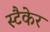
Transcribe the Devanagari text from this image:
स्टैकेर